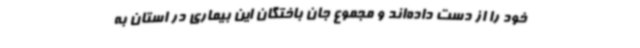
خود را از دست داده‌اند و مجموع جان باختگان این بیماری در استان به